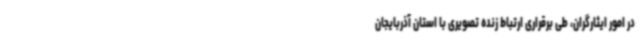
در امور ایثارگران، طی برقراری ارتباط زنده تصویری با استان آذربایجان